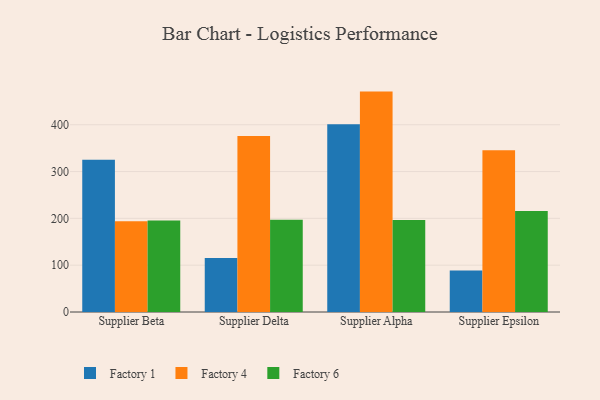
{"axis": {"x": "Supplier", "y": "Temperature (°C)"}, "legend": ["Factory 1", "Factory 4", "Factory 6"], "data": [{"x": "Supplier Beta", "y": 325.4, "type": "Factory 1"}, {"x": "Supplier Beta", "y": 193.9, "type": "Factory 4"}, {"x": "Supplier Beta", "y": 195.3, "type": "Factory 6"}, {"x": "Supplier Delta", "y": 115.6, "type": "Factory 1"}, {"x": "Supplier Delta", "y": 376.0, "type": "Factory 4"}, {"x": "Supplier Delta", "y": 197.0, "type": "Factory 6"}, {"x": "Supplier Alpha", "y": 401.0, "type": "Factory 1"}, {"x": "Supplier Alpha", "y": 470.8, "type": "Factory 4"}, {"x": "Supplier Alpha", "y": 196.4, "type": "Factory 6"}, {"x": "Supplier Epsilon", "y": 88.4, "type": "Factory 1"}, {"x": "Supplier Epsilon", "y": 345.4, "type": "Factory 4"}, {"x": "Supplier Epsilon", "y": 215.7, "type": "Factory 6"}]}